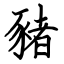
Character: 豬